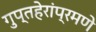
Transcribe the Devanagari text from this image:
गुप्तहेरांप्रमणे